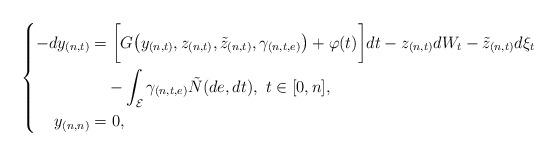
LaTeX: \begin{align*}\left\{\begin{aligned}-dy_{(n,t)}&=\bigg[G\big(y_{(n,t)},z_{(n,t)},\tilde{z}_{(n,t)},\gamma_{(n,t,e)}\big)+\varphi(t)\bigg]dt-z_{(n,t)}dW_t-\tilde{z}_{(n,t)}d\xi_t\\ &\quad-\int_{\mathcal{E}}\gamma_{(n,t,e)}\tilde{N}(de,dt),\ t\in[0,n],\\ y_{(n,n)}&=0,\end{aligned}\right.\end{align*}